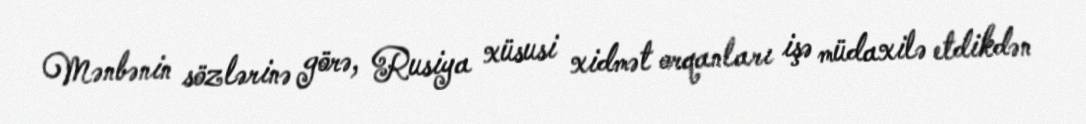
Mənbənin sözlərinə görə, Rusiya xüsusi xidmət orqanları işə müdaxilə etdikdən